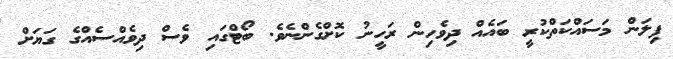
ފިލަން މަސައްކަތްކުރީ ބައެއް ދިވެހިން ރަހީނު ކޮށްގެންނެވެ. ބޯޓްގައި ވެސް ދިވެއްސެއްގެ ގަޔަށް